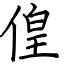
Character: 偟